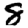
Digit: 8